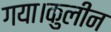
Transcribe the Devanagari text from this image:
गया।कुलीन